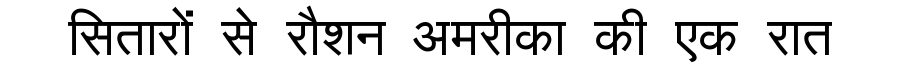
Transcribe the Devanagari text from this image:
सितारों से रौशन अमरीका की एक रात